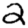
Digit: 2